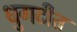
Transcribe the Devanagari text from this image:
धुगटीत